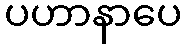
ပဟာနာပေ